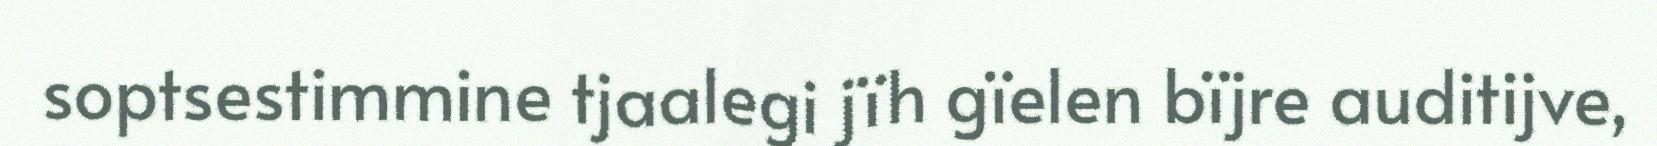
soptsestimmine tjaalegi jïh gïelen bïjre auditijve,